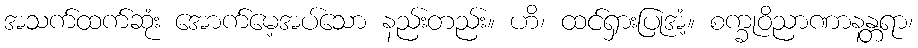
အသက်ထက်ဆုံး အောက်မေ့အပ်သော နည်းတည်း။ ဟိ၊ ထင်ရှားပြုအံ့။ စက္ခုဝိညာဏာနန္တရာ၊